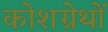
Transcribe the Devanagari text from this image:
कोशग्रेथों